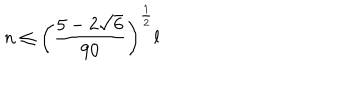
LaTeX: n \le \left( { \frac { 5 - 2 \sqrt { 6 } } { 9 0 } } \right) ^ { \frac { 1 } { 2 } } l